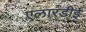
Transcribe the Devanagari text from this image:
एलारडीई